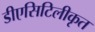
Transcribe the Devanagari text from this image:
डीएसिटिलीकृत